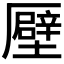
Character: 𠫀